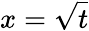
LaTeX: x={\sqrt{t}}